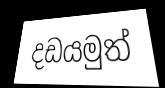
දඩයමුත්